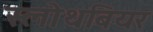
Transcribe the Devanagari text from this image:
स्लोथबियर